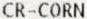
CR-CORN